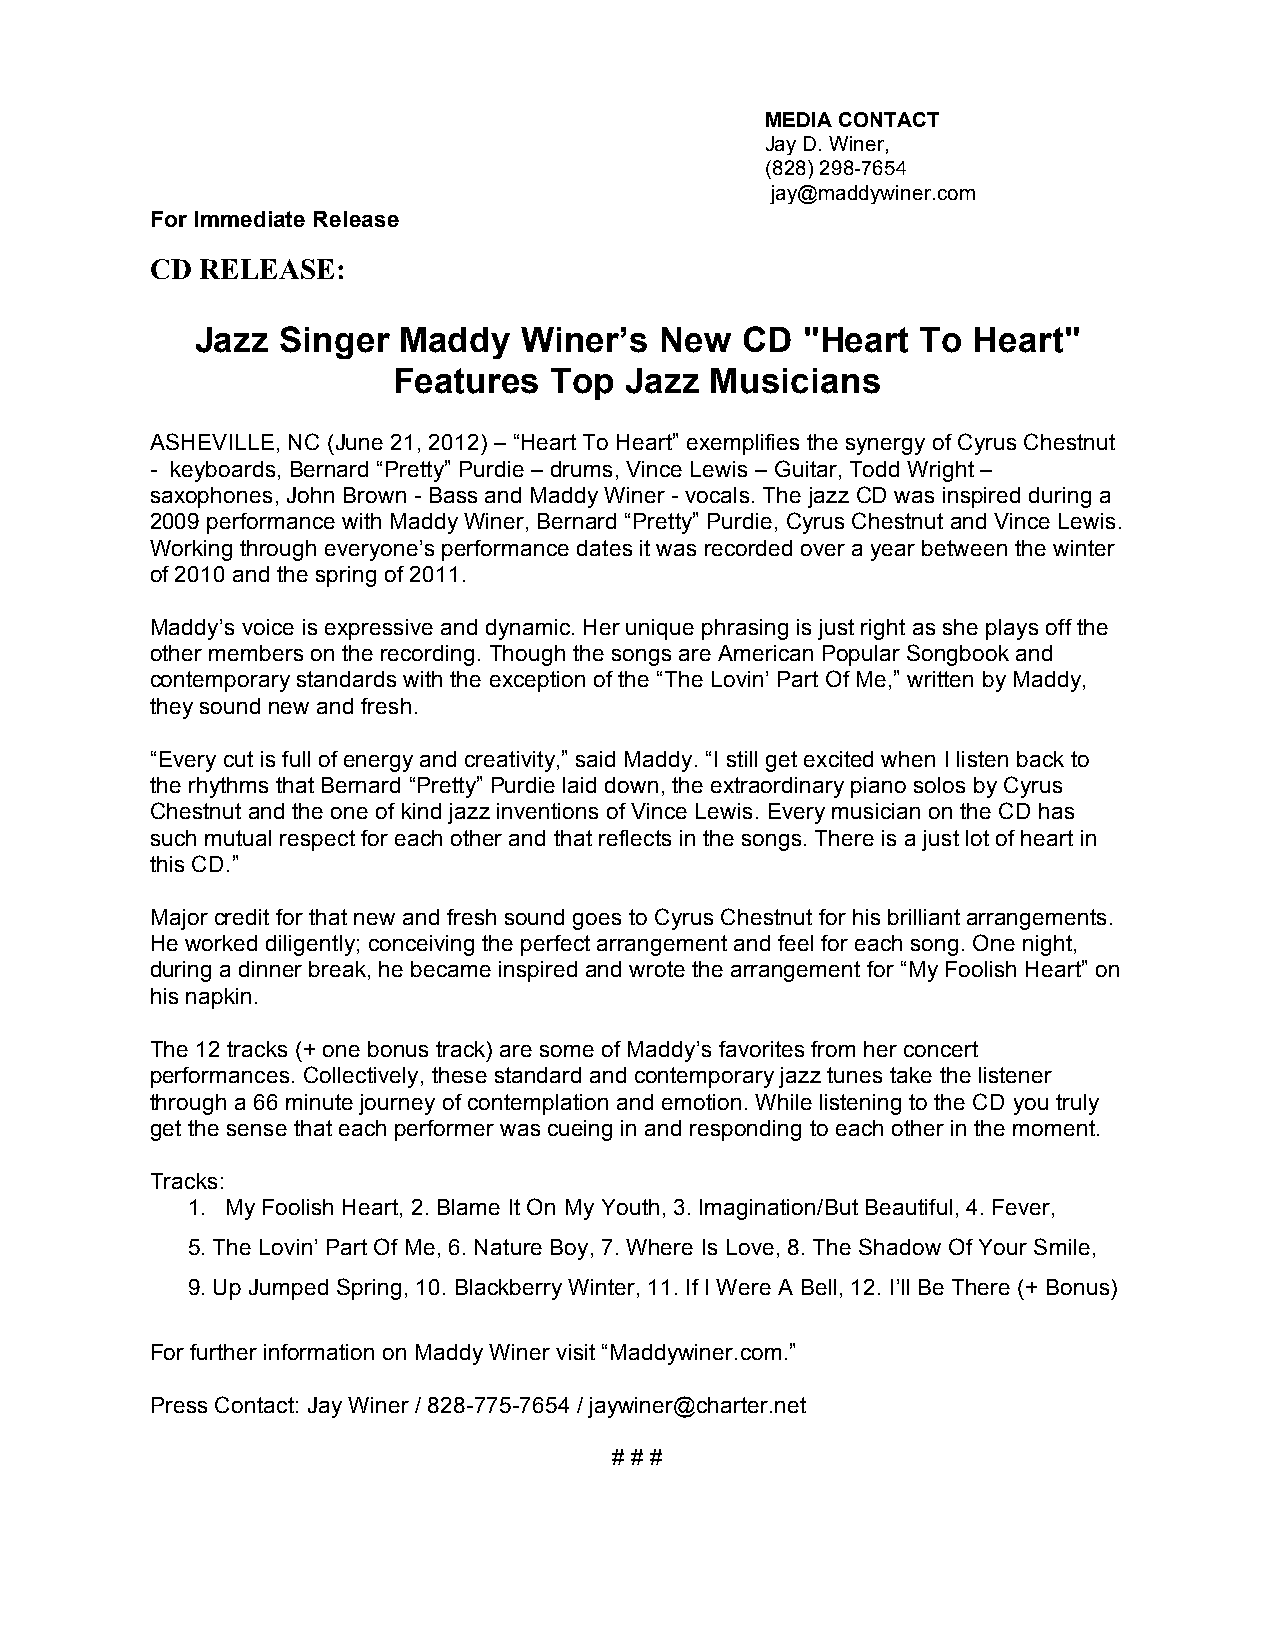
MEDIA CONTACT
 Jay D. Winer,
 (828) 298-7654
 jay@maddywiner.com
 For Immediate Release
 CD RELEASE:
 Jazz Singer  Maddy    Winer’s  New  CD  "Heart  To Heart"
 Features  Top  Jazz  Musicians
 ASHEVILLE, NC (June 21, 2012) – “Heart To Heart” exemplifies the synergy of Cyrus Chestnut
 - keyboards, Bernard “Pretty” Purdie – drums, Vince Lewis – Guitar, Todd Wright –
 saxophones, John Brown - Bass and Maddy Winer - vocals. The jazz CD was inspired during a
 2009 performance with Maddy Winer, Bernard “Pretty” Purdie, Cyrus Chestnut and Vince Lewis.
 Working through everyone’s performance dates it was recorded over a year between the winter
 of 2010 and the spring of 2011.
 Maddy’s voice is expressive and dynamic. Her unique phrasing is just right as she plays off the
 other members on the recording. Though the songs are American Popular Songbook and
 contemporary standards with the exception of the “The Lovin’ Part Of Me,” written by Maddy,
 they sound new and fresh.
 “Every cut is full of energy and creativity,” said Maddy. “I still get excited when I listen back to
 the rhythms that Bernard “Pretty” Purdie laid down, the extraordinary piano solos by Cyrus
 Chestnut and the one of kind jazz inventions of Vince Lewis. Every musician on the CD has
 such mutual respect for each other and that reflects in the songs. There is a just lot of heart in
 this CD.”
 Major credit for that new and fresh sound goes to Cyrus Chestnut for his brilliant arrangements.
 He worked diligently; conceiving the perfect arrangement and feel for each song. One night,
 during a dinner break, he became inspired and wrote the arrangement for “My Foolish Heart” on
 his napkin.
 The 12 tracks (+ one bonus track) are some of Maddy’s favorites from her concert
 performances. Collectively, these standard and contemporary jazz tunes take the listener
 through a 66 minute journey of contemplation and emotion. While listening to the CD you truly
 get the sense that each performer was cueing in and responding to each other in the moment.
 Tracks:
 1. My Foolish Heart, 2. Blame It On My Youth, 3. Imagination/But Beautiful, 4. Fever,
 5. The Lovin’ Part Of Me, 6. Nature Boy, 7. Where Is Love, 8. The Shadow Of Your Smile,
 9. Up Jumped Spring, 10. Blackberry Winter, 11. If I Were A Bell, 12. I’ll Be There (+ Bonus)
 For further information on Maddy Winer visit “Maddywiner.com.”
 Press Contact: Jay Winer / 828-775-7654 / jaywiner@charter.net
 # # #